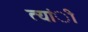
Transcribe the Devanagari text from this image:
त्यांी